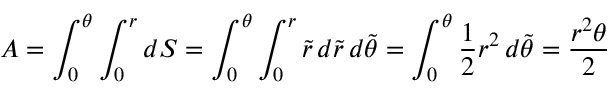
A = \int _ { 0 } ^ { \theta } \int _ { 0 } ^ { r } d S = \int _ { 0 } ^ { \theta } \int _ { 0 } ^ { r } { \tilde { r } } \, d { \tilde { r } } \, d { \tilde { \theta } } = \int _ { 0 } ^ { \theta } { \frac { 1 } { 2 } } r ^ { 2 } \, d { \tilde { \theta } } = { \frac { r ^ { 2 } \theta } { 2 } }